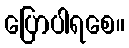
ပြောပါရစေ။